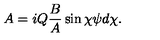
A = i Q \frac { B } { A } \sin \chi \psi d \chi .